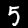
Digit: 5